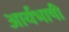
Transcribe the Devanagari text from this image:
आर्यभाषी